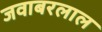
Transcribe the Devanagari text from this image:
जवाबरलाल